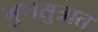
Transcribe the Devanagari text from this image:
गुणसुत्रात